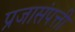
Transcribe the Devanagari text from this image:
प्रजासंपत्ती